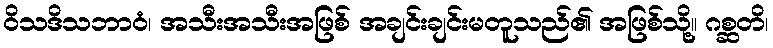
ဝိသဒိသဘာဝံ၊ အသီးအသီးအဖြစ် အချင်းချင်းမတူသည်၏ အဖြစ်သို့။ ဂစ္ဆတိ၊